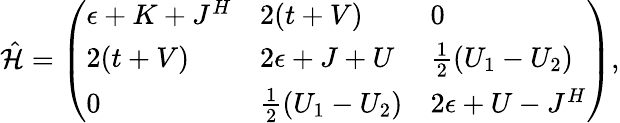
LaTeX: \begin{array}{r}{\hat{\mathcal{H}}=\left(\begin{array}{lll}{\epsilon+K+J^{H}}&{2(t+V)}&{0}\\ {2(t+V)}&{2\epsilon+J+U}&{\frac{1}{2}(U_{1}-U_{2})}\\ {0}&{\frac{1}{2}(U_{1}-U_{2})}&{2\epsilon+U-J^{H}}\end{array}\right),}\end{array}